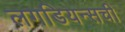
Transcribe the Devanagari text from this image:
लगडियन्सची